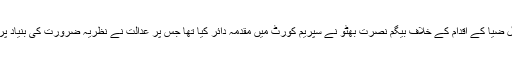
بھٹو کی حکومت کا تختہ الٹنے کے جنرل ضیا کے اقدام کے خلاف بیگم نصرت بھٹو نے سپریم کورٹ میں مقدمہ دائر کیا تھا جس پر عدالت نے نظریہ ضرورت کی بنیاد پر جنرل ضیا کے اقدام کو قانونی قرار دیا۔